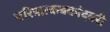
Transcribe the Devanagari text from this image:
चरित्रात्कबकांदबरी